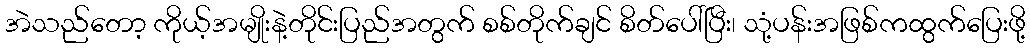
အဲသည်တော့ ကိုယ့်အမျိုးနဲ့တိုင်းပြည်အတွက် စစ်တိုက်ချင် စိတ်ပေါ်ပြီး၊ သုံ့ပန်းအဖြစ်ကထွက်ပြေးဖို့